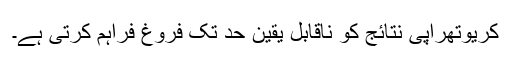
کریوتھراپی نتائج کو ناقابل یقین حد تک فروغ فراہم کرتی ہے۔